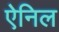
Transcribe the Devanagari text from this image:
ऐनिल